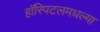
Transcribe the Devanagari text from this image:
हॉस्पिटलमधल्या